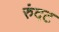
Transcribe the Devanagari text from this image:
रुंदट